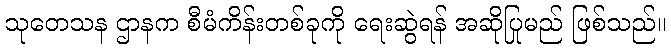
သုတေသန ဌာနက စီမံကိန်းတစ်ခုကို ရေးဆွဲရန် အဆိုပြုမည် ဖြစ်သည်။